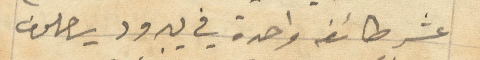
عشر طائفه واحدة في يبرود يصلون